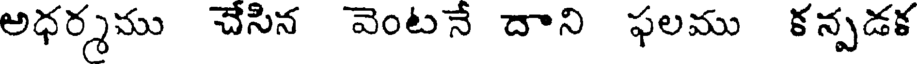
అధర్మము చేసిన వెంటనే దాని ఫలము కన్పడక